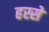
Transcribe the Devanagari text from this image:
हस्से